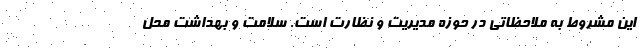
این مشروط به ملاحظاتی در حوزه مدیریت و نظارت است. سلامت و بهداشت محل